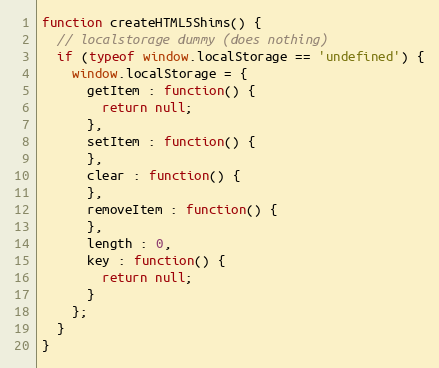
Language: JavaScript
function createHTML5Shims() {
  // localstorage dummy (does nothing)
  if (typeof window.localStorage == 'undefined') {
    window.localStorage = {
      getItem : function() {
        return null;
      },
      setItem : function() {
      },
      clear : function() {
      },
      removeItem : function() {
      },
      length : 0,
      key : function() {
        return null;
      }
    };
  }
}